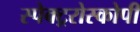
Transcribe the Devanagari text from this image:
स्पेक्ट्ररोस्कोपी